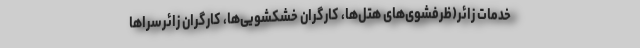
خدمات زائر(ظرفشوی‌های هتل‌ها، کارگران خشکشویی‌ها، کارگران زائرسراها